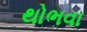
થોભવા